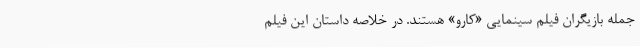
جمله بازیگران فیلم سینمایی «کارو» هستند. در خلاصه داستان این فیلم